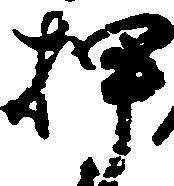
押